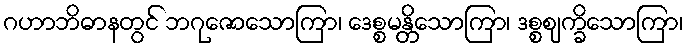
ဂဟာဘိဓာနတွင် ဘဂုဇောသောကြာ၊ ဒေစ္စမန္တိသောကြာ၊ ဒစ္စဈက္ခိသောကြာ၊